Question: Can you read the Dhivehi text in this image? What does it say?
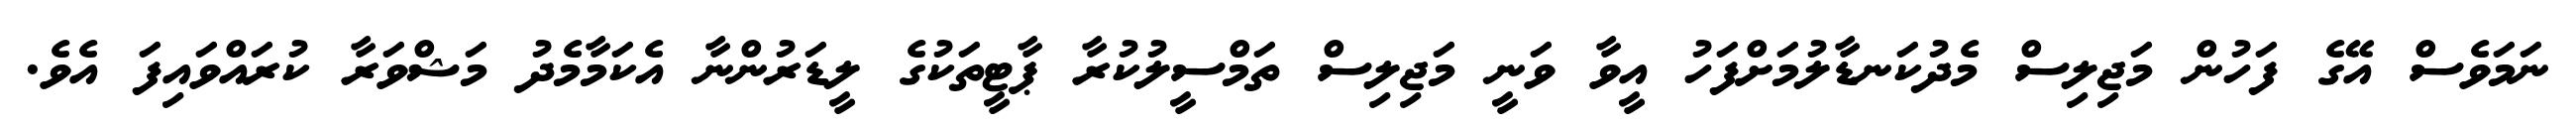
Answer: ނަމަވެސް އޭގެ ފަހުން މަޖިލިސް މެދުކަނޑާލުމަށްފަހު އީވާ ވަނީ މަޖިލިސް ތަމްސީލުކުރާ ޕާޓީތަކުގެ ލީޑަރުންނާ އެކަމާމެދު މަޝްވަރާ ކުރައްވައިފަ އެވެ.